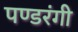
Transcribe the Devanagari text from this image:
पण्डरंगी